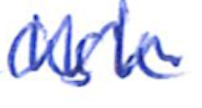
Text: ask
Cross-out: zig-zag
Writing tool: ballpoint